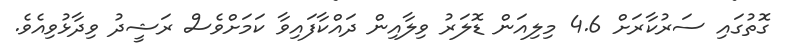
ގޮތުގައި ސަރުކާރަށް 4.6 މިލިއަން ޑޮލަރު ވިލާއިން ދައްކާފައިވާ ކަމަށްވެސް ރަޝީދު ވިދާޅުވިއެވެ.